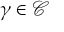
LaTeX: \gamma \in { \mathcal { C } }